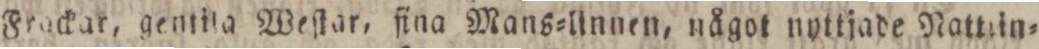
Frackar, gentila Weſtar, fina Mans=linnen, något nyttjade Nattlin=